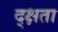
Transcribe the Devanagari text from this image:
द्क्षता